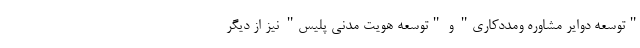
"توسعه دوایر مشاوره ومددکاری" و "توسعه هویت مدنی پلیس" نیز از دیگر